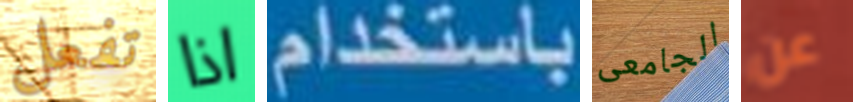
تفعل اذا باستخدام الجامعى عن